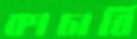
কাচাবি